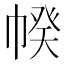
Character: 𢃯